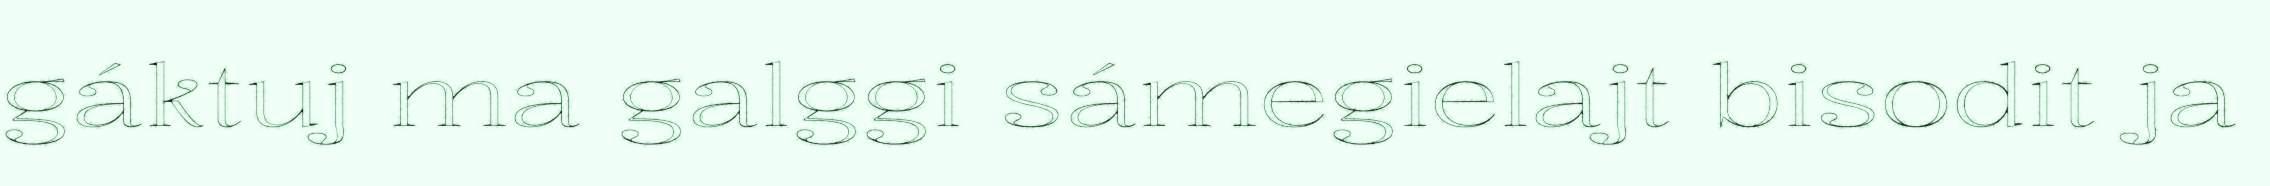
gáktuj ma galggi sámegielajt bisodit ja